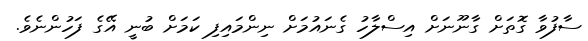
ސާފުވާ ގޮތަށް ގާނޫނަށް އިސްލާހު ގެނައުމަށް ނިންމައިފި ކަމަށް ބުނީ އޭގެ ފަހުންނެވެ.